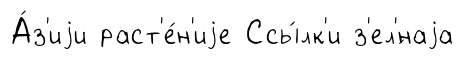
А́з'иjи раст'е́н'иjе Ссы́лк'и з'ел'́наjа